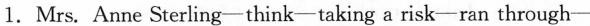
1.Mrs. Anne Sterling—think—taking a risk—ran through—